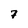
Character: 7